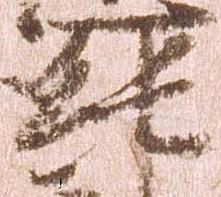
純